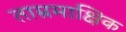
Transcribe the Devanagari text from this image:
ताम्रमाक्षिक